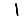
Digit: 1